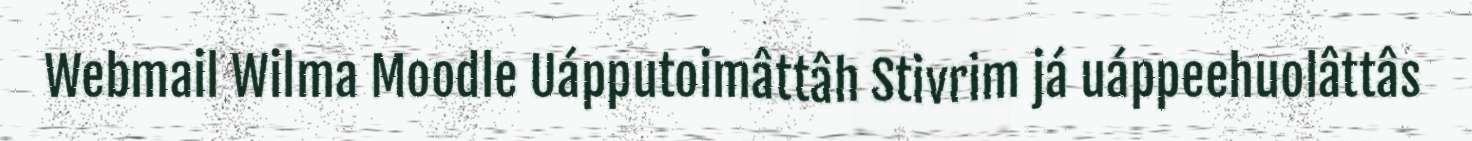
Webmail Wilma Moodle Uápputoimâttâh Stivrim já uáppeehuolâttâs